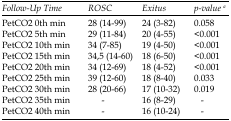
<table><thead><tr><td><b><i>Follow-Up Time</i></b></td><td><b><i>ROSC </i></b></td><td><b><i>Exitus </i></b></td><td><b><i>p-value </i><sup>a</sup></b></td></tr></thead><tbody><tr><td>PetCO<sub>2</sub> 0th min</td><td>28 (14-99)</td><td>24 (3-82)</td><td>0.058</td></tr><tr><td>PetCO2 5th min</td><td>29 (11-84)</td><td>20 (4-55)</td><td>&lt;0.001</td></tr><tr><td>PetCO2 10th min</td><td>34 (7-85)</td><td>19 (4-50)</td><td>&lt;0.001</td></tr><tr><td>PetCO2 15th min</td><td>34,5 (14-60)</td><td>18 (6-50)</td><td>&lt;0.001</td></tr><tr><td>PetCO2 20th min</td><td>34 (12-69)</td><td>18 (4-52)</td><td>&lt;0.001</td></tr><tr><td>PetCO2 25th min</td><td>39 (12-60)</td><td>18 (8-40)</td><td>0.033</td></tr><tr><td>PetCO2 30th min</td><td>28 (20-66)</td><td>17 (10-32)</td><td>0.019</td></tr><tr><td>PetCO2 35th min</td><td>-</td><td>16 (8-29)</td><td>-</td></tr><tr><td>PetCO2 40th min</td><td>-</td><td>16 (10-24)</td><td>-</td></tr></tbody></table>